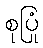
စုပြုံ